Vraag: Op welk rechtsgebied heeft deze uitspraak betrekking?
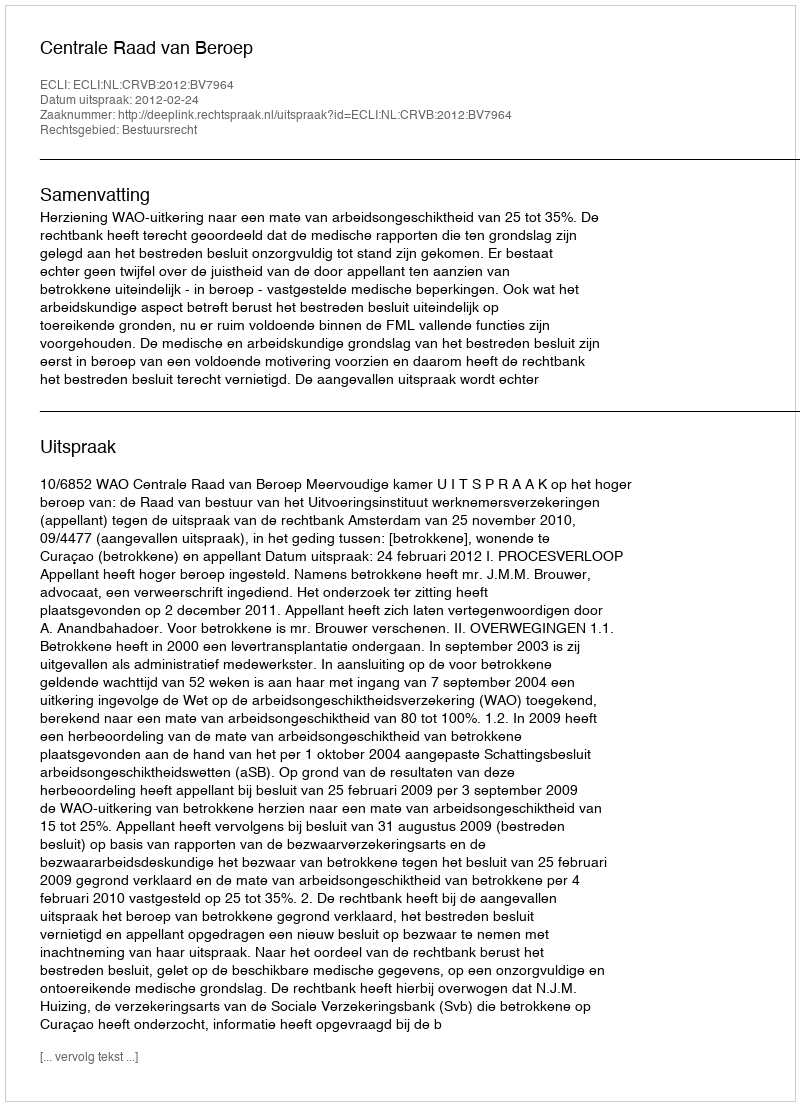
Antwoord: Bestuursrecht